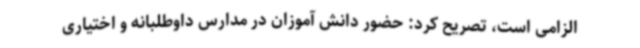
الزامی است، تصریح کرد: حضور دانش آموزان در مدارس داوطلبانه و اختیاری